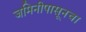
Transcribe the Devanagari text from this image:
जमिनीपासूनचा